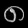
Digit: ၈